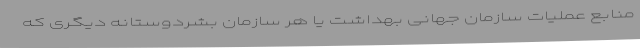
منابع عملیات سازمان جهانی بهداشت یا هر سازمان بشردوستانه دیگری که